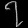
Digit: ၇